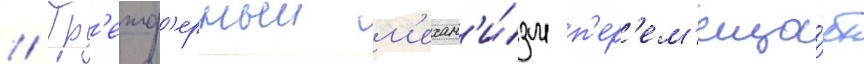
// Гр'еиф'ерныи м'ехан'и́зм п'ер'ем'еща́ет